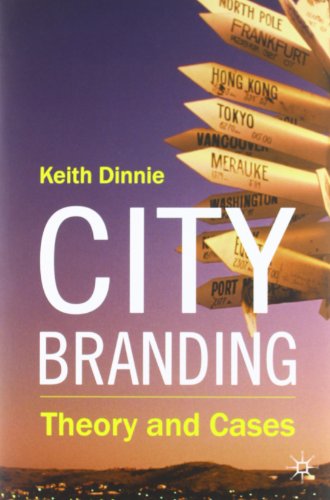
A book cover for City Branding: Theory and Cases; Keith Dinnie; Business & Money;